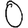
Digit: 0